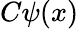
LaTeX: C\psi(x)